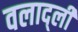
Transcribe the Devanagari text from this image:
वलाद्ली